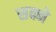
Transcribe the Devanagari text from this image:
सक्ने